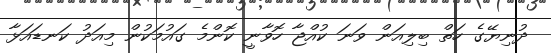
ދުނިޔޭގެ ހަތް ބިލިއަން ވަނަ ކުއްޖާ ހޮވާނީ ކޮންމެ ގައުމަކުން މިއަދު ކަނޑައަޅާ